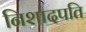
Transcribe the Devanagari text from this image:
निशादपति